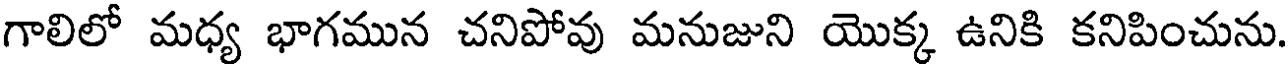
గాలిలో మధ్య భాగమున చనిపోవు మనుజుని యొక్క ఉనికి కనిపించును